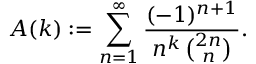
A ( k ) : = \sum _ { n = 1 } ^ { \infty } \frac { ( - 1 ) ^ { n + 1 } } { n ^ { k } \, { \binom { 2 n } { n } } } .